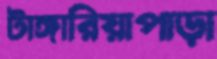
টাঙ্গারিয়াপাড়া